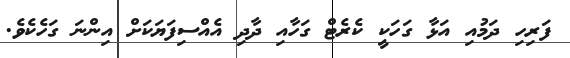
ފަރިހި ދަމުއި އަޅާ ގަހަކީ ކެރެޓް ގަހާއި ދާދި އެއްސިފަޔަކަށް އިންނަ ގަހެކެވެ.